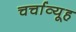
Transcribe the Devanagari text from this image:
चर्चाव्यूह